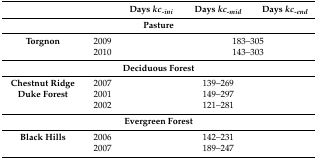
<table><thead><tr><td>[EMPTY_CELL]</td><td>[EMPTY_CELL]</td><td><b>Days <i>kc<sub>-ini</sub></i></b></td><td><b>Days <i>kc<sub>-mid</sub></i></b></td><td><b>Days <i>kc<sub>-end</sub></i></b></td></tr></thead><tbody><tr><td colspan="5"><b>Pasture</b></td></tr><tr><td><b>Torgnon</b></td><td>2009</td><td>[EMPTY_CELL]</td><td colspan="2">183–305</td></tr><tr><td>[EMPTY_CELL]</td><td>2010</td><td>[EMPTY_CELL]</td><td colspan="2">143–303</td></tr><tr><td colspan="5"><b>Deciduous Forest</b></td></tr><tr><td><b>Chestnut Ridge</b></td><td>2007</td><td>[EMPTY_CELL]</td><td>139–269</td><td>[EMPTY_CELL]</td></tr><tr><td><b>Duke Forest</b></td><td>2001</td><td>[EMPTY_CELL]</td><td>149–297</td><td>[EMPTY_CELL]</td></tr><tr><td>[EMPTY_CELL]</td><td>2002</td><td>[EMPTY_CELL]</td><td>121–281</td><td>[EMPTY_CELL]</td></tr><tr><td colspan="5"><b>Evergreen Forest</b></td></tr><tr><td><b>Black Hills</b></td><td>2006</td><td>[EMPTY_CELL]</td><td>142–231</td><td>[EMPTY_CELL]</td></tr><tr><td>[EMPTY_CELL]</td><td>2007</td><td>[EMPTY_CELL]</td><td>189–247</td><td>[EMPTY_CELL]</td></tr></tbody></table>